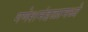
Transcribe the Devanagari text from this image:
गणेशमंडळामध्ये